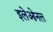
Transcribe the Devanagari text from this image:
इलेओनल